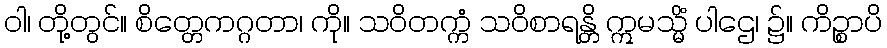
ဝါ၊ တို့တွင်။ စိတ္တေကဂ္ဂတာ၊ ကို။ သဝိတက္ကံ သဝိစာရန္တိ ဣမသ္မိံ ပါဌေ၊ ၌။ ကိဉ္စာပိ